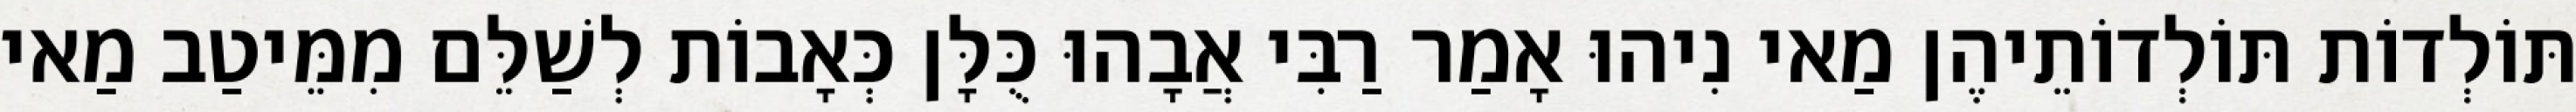
תּוֹלְדוֹת תּוֹלְדוֹתֵיהֶן מַאי נִיהוּ אָמַר רַבִּי אֲבָהוּ כֻּלָּן כְּאָבוֹת לְשַׁלֵּם מִמֵּיטַב מַאי